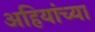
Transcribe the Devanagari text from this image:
अहियांच्या